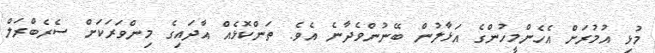
މުޅި އުމުރަށް އެހެންމީހުންގެ އަޅާލުން ބޭނުންވެދާނެ އެވެ. ތަންކޮޅެއް އާދައިގެ މިންވަރަކަށް ސެރެބްރަލް